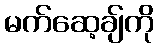
မက်ဆေ့ချ်ကို